画像に写った文字を読んでください
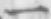
「一」と書いてあります